Civil Veterinary Department. United Provinces 1932-42 - 1932-1942
Year: 1932
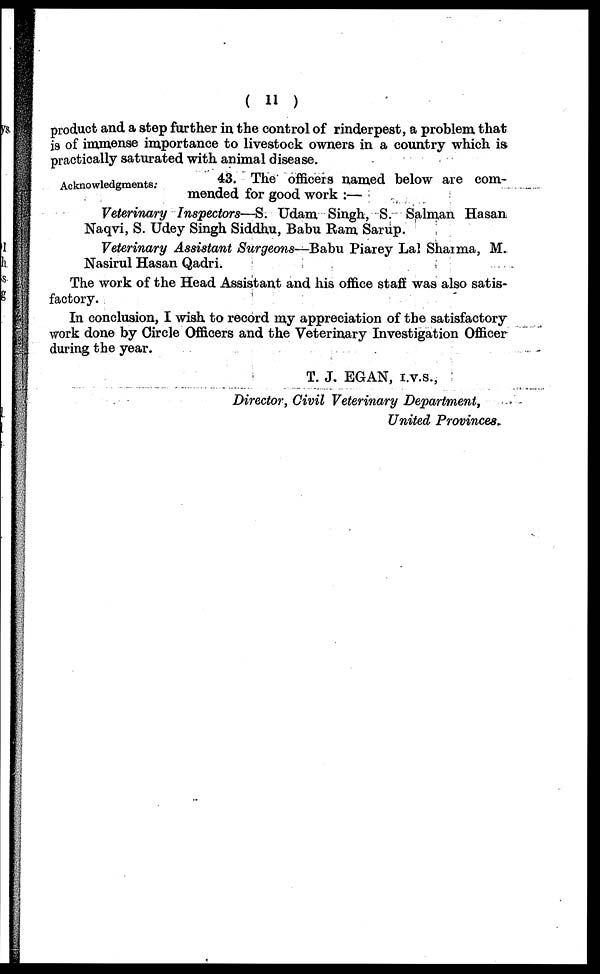
( 11 )
product and a step further in the control of rinderpest, a problem that
is of immense importance to livestock owners in a country which is
practically saturated with animal disease.
Acknowledgments .
43. The officers named below are com-
mended for good work :—
Veterinary Inspectors—S. Udam Singh, S. Salman Hasan
Naqvi, S. Udey Singh Siddhu, Babu Ram Sarup.
Veterinary Assistant Surgeons—Babu Piarey Lal Sharma, M.
Nasirul Hasan Qadri.
The work of the Head Assistant and his office staff was also satis-
factory.
In conclusion, I wish to record my appreciation of the satisfactory
work done by Circle Officers and the Veterinary Investigation Officer
during the year.
T. J. EGAN, I.V.S.,
Director, Civil Veterinary Department,
United Provinces